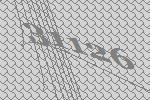
31126